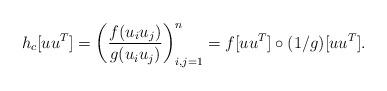
LaTeX: \begin{align*}h_c[u u^T] = \left(\frac{f(u_i u_j)}{g(u_i u_j)}\right)_{i,j=1}^n = f[uu^T] \circ (1/g)[u u^T].\end{align*}